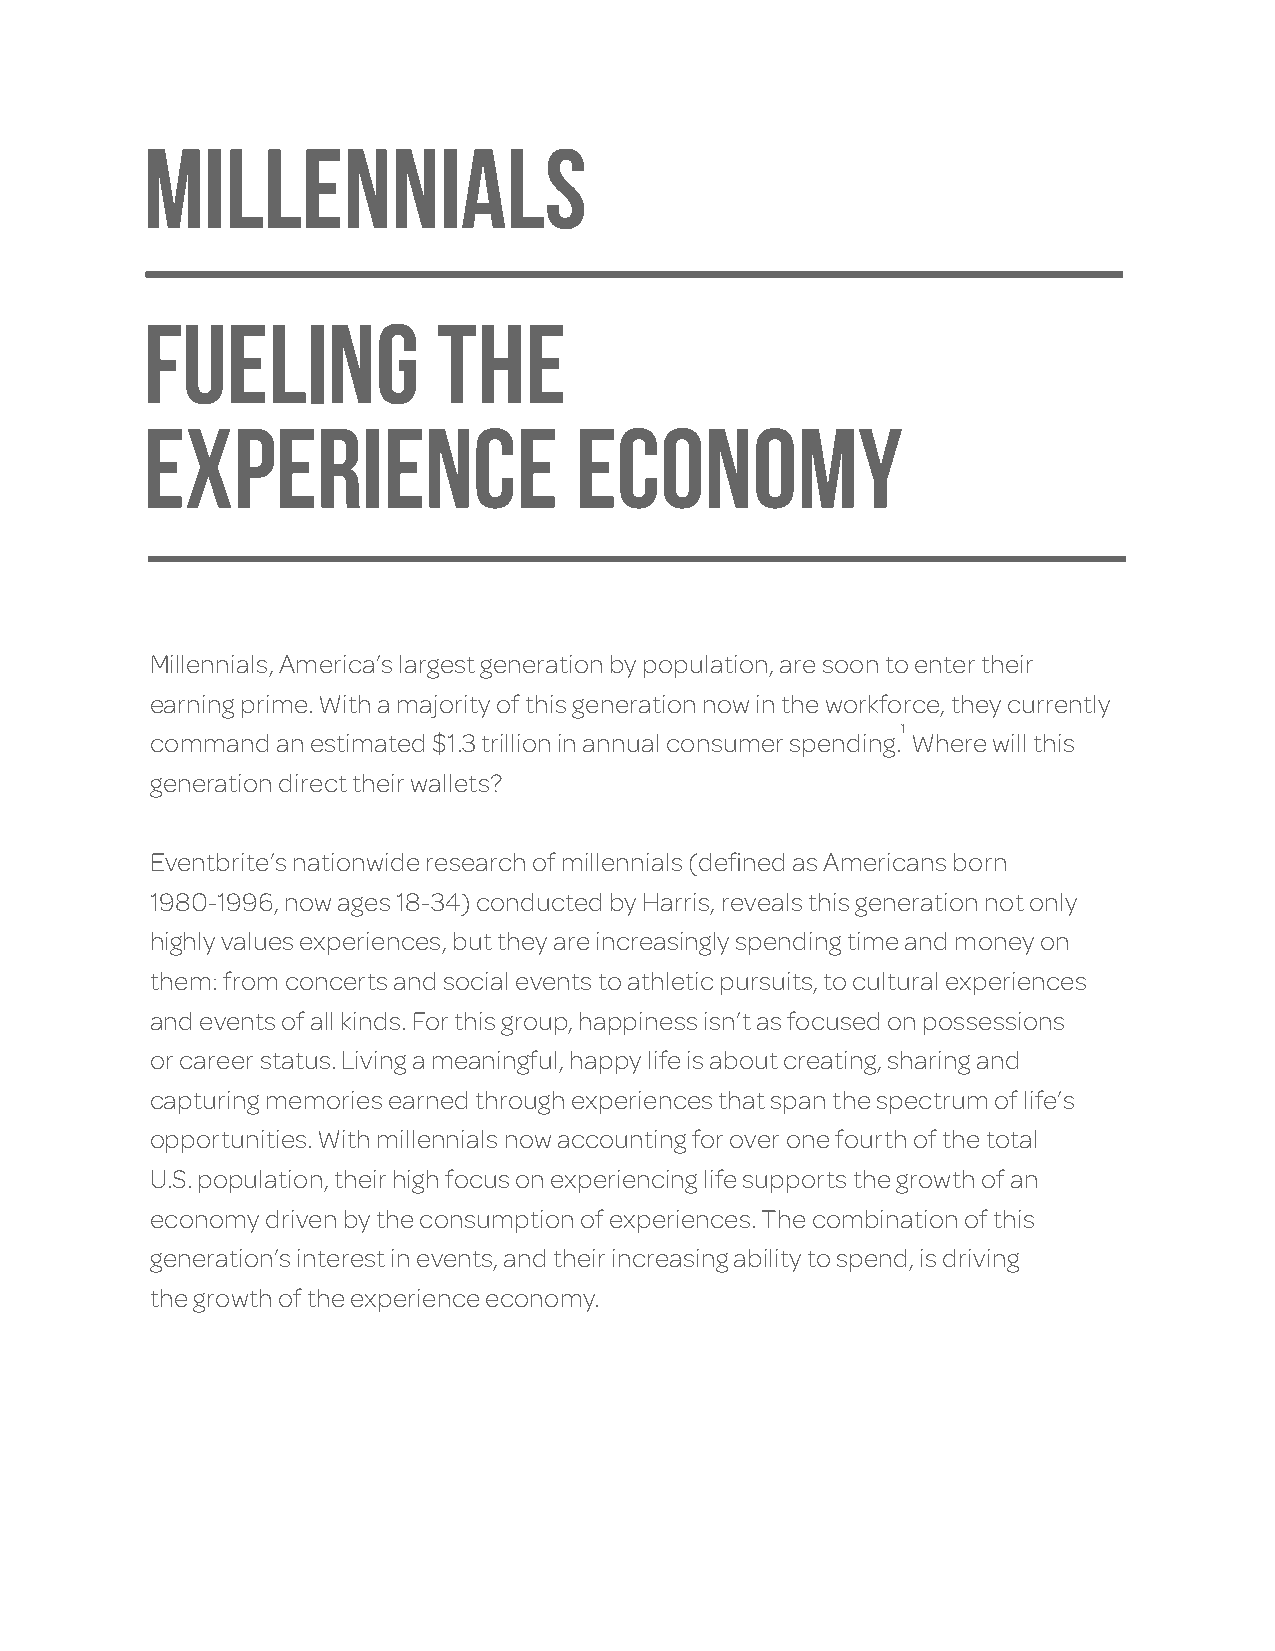
MILLENNIALs
 Fueling             the
 Experience                   Economy
 Millennials, America’s largest generation by population, are soon to enter their
 earning prime. With a majority of this generation now in the workforce, they currently
 1
 command an estimated $1.3 trillion in annual consumer spending. Where will this
 generation direct their wallets?
 Eventbrite’s nationwide research of millennials (defined as Americans born
 1980-1996, now ages 18-34) conducted by Harris, reveals this generation not only
 highly values experiences, but they are increasingly spending time and money on
 them: from concerts and social events to athletic pursuits, to cultural experiences
 and events of all kinds. For this group, happiness isn’t as focused on possessions
 or career status. Living a meaningful, happy life is about creating, sharing and
 capturing memories earned through experiences that span the spectrum of life’s
 opportunities. With millennials now accounting for over one fourth of the total
 U.S. population, their high focus on experiencing life supports the growth of an
 economy driven by the consumption of experiences. The combination of this
 generation’s interest in events, and their increasing ability to spend, is driving
 the growth of the experience economy.